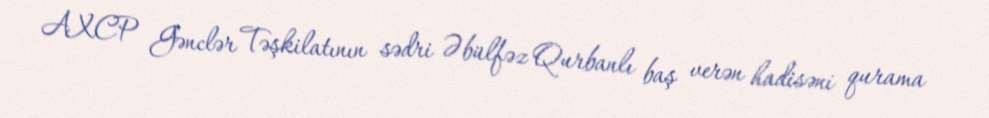
AXCP Gənclər Təşkilatının sədri Əbülfəz Qurbanlı baş verən hadisəni qurama